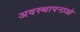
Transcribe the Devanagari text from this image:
अवस्थापनाओ